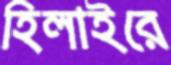
হিলাইরে